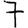
Digit: 7